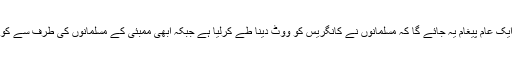
مزید یہ کہ کانگریس سے ’مسلم امیدوار ‘ اتارنے کے مطالبے سے ایک عام پیغام یہ جائے گا کہ مسلمانوں نے کانگریس کو ووٹ دینا طے کرلیا ہے جبکہ ابھی ممبئی کے مسلمانوں کی طرف سے کوئی ایسا اشارہ نہیں دیا گیا ہے کہ وہ کانگریس کو ہی ووٹ دیں گے ۔